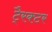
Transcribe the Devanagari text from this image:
टै्रक्टर